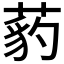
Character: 𦷒